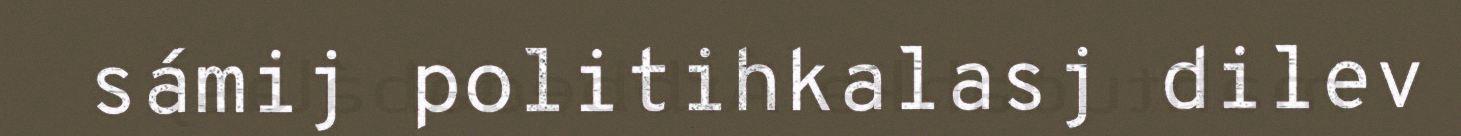
sámij politihkalasj dilev